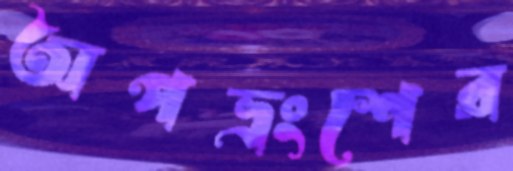
অপভ্রংশের